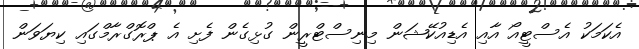
އެކަމަކު އެސްޓީއޯ އާއި އެޑިއުކޭޝަން މިނިސްޓްރީން ގުޅިގެން ފެށި އެ ޕްރޮގްރާމްގައި ކިޔަވަން